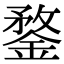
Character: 鍪